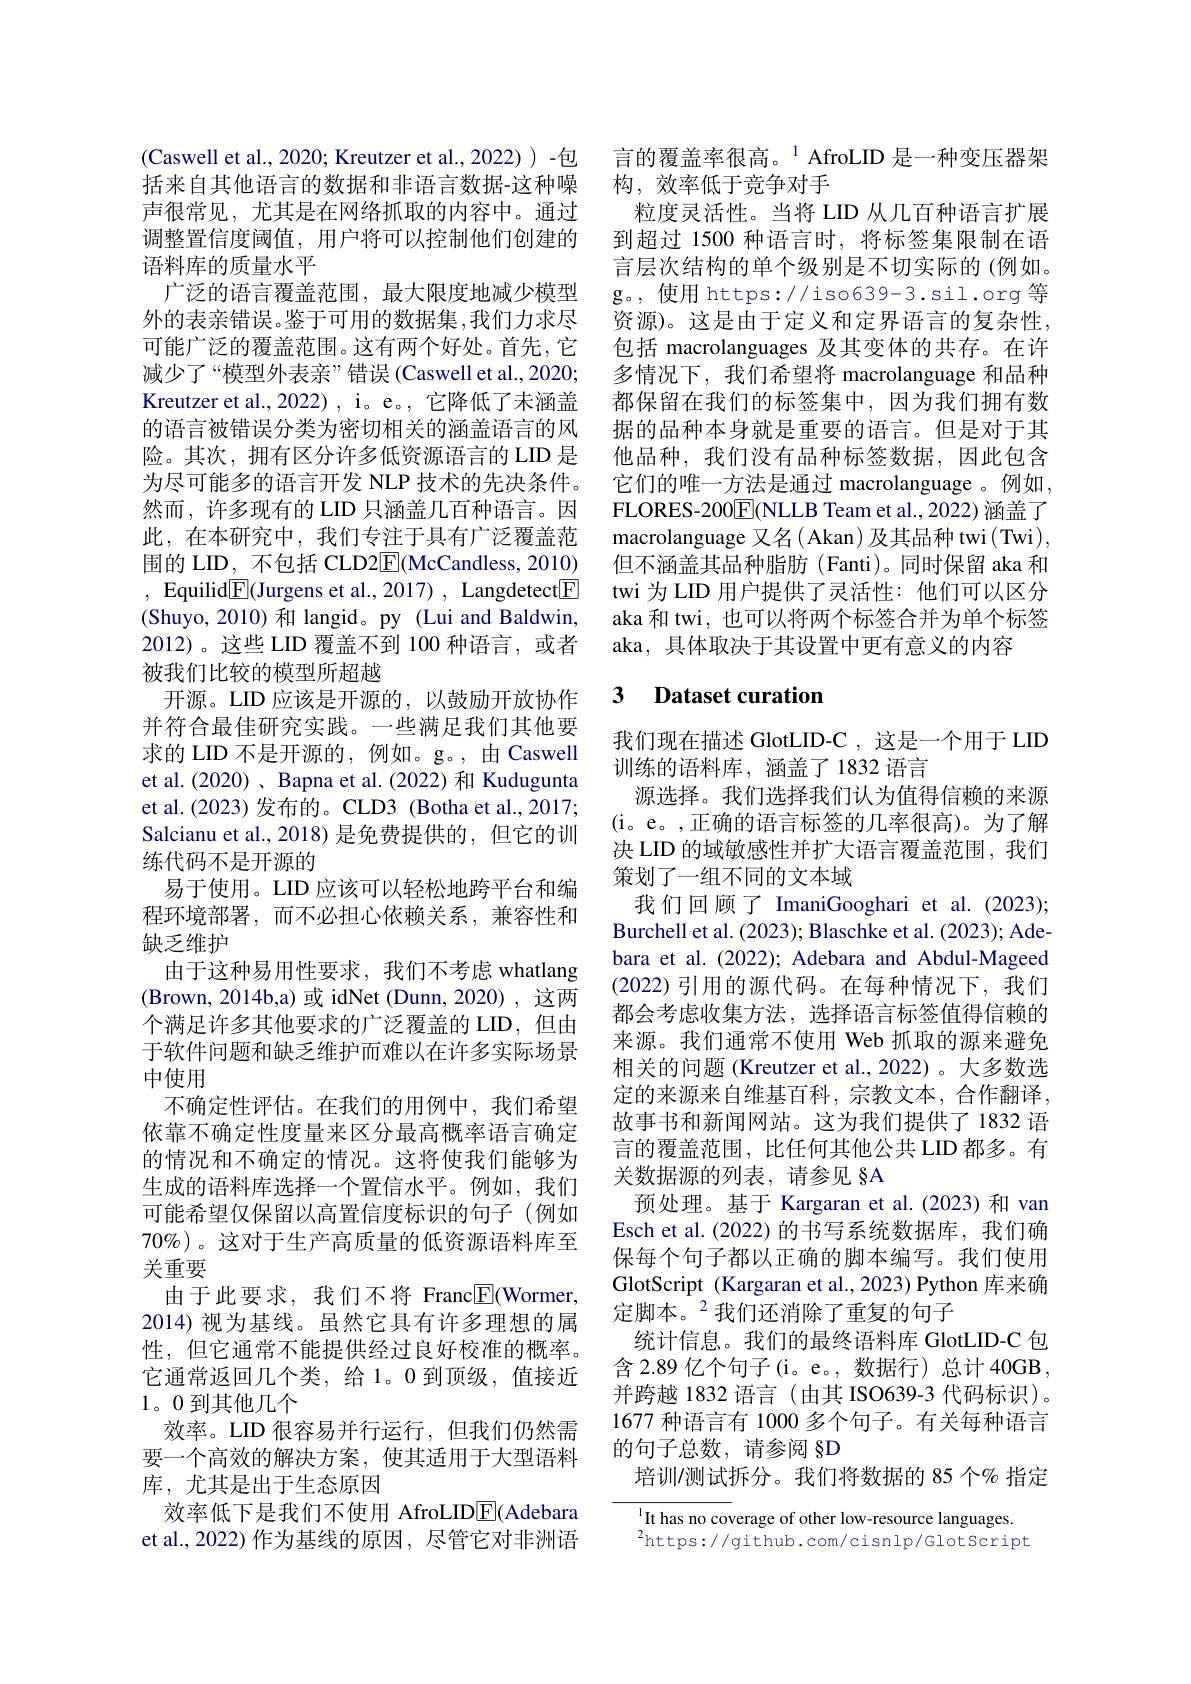
(Caswell et al., 2020; Kreutzer et al., 2022))-包括来自其他语言的数据和非语言数据-这种噪声很常见，尤其是在网络抓取的内容中。通过调整置信度阈值，用户将可以控制他们创建的语料库的质量水平
广泛的语言覆盖范围，最大限度地减少模型外的表亲错误。鉴于可用的数据集，我们力求尽可能广泛的覆盖范围。这有两个好处。首先，它减少了“模型外表亲”错误(Caswell et al.,2020; Kreutzer et al., 2022) , i。e。, 它降低了未涵盖的语言被错误分类为密切相关的涵盖语言的风险。其次，拥有区分许多低资源语言的 LID 是为尽可能多的语言开发 NLP 技术的先决条件。然而，许多现有的 LID 只涵盖几百种语言。因此，在本研究中，我们专注于具有广泛覆盖范围的 LID, 不包括 CLD2E(McCandless, 2010) , Equilid$\boxed{\mathrm{F}}($Jurgens et al., 2017) , Langdetect$\boxed{\mathrm{F}}$ (Shuyo,2010)和 langid。py (Lui and Baldwin, 2012)。这些 LID 覆盖不到 100 种语言，或者被我们比较的模型所超越
开源。LID 应该是开源的，以鼓励开放协作并符合最佳研究实践。一些满足我们其他要求的 LID 不是开源的，例如。g。,由 Caswell et al.(2020)、Bapna et al.(2022) 和 Kudugunta et al.(2023) 发布的。CLD3 (Botha et al., 2017; Salcianu et al., 2018) 是免费提供的，但它的训练代码不是开源的
易于使用。LID 应该可以轻松地跨平台和编程环境部署，而不必担心依赖关系，兼容性和缺乏维护
由于这种易用性要求，我们不考虑 whatlang (Brown,2014b,a)或 idNet (Dunn, 2020) , 这两个满足许多其他要求的广泛覆盖的 LID, 但由于软件问题和缺乏维护而难以在许多实际场景中使用
不确定性评估。在我们的用例中，我们希望依靠不确定性度量来区分最高概率语言确定的情况和不确定的情况。这将使我们能够为生成的语料库选择一个置信水平。例如，我们可能希望仅保留以高置信度标识的句子(例如70%)。这对于生产高质量的低资源语料库至关重要
由于此要求，我们不将 Franc$\underline{\mathrm{E}}($Wormer, 2014) 视为基线。虽然它具有许多理想的属性，但它通常不能提供经过良好校准的概率。它通常返回几个类，给1。0 到顶级，值接近1。0到其他几个
效率。LID 很容易并行运行，但我们仍然需要一个高效的解决方案，使其适用于大型语料库，尤其是出于生态原因
效率低下是我们不使用 AfroLID$\overline{\mathrm{E}}$(Adebara et al., 2022) 作为基线的原因，尽管它对非洲语

言的覆盖率很高。$^{1}$AfroLID 是一种变压器架
构，效率低于竞争对手
粒度灵活性。当将 LID 从几百种语言扩展到超过 1500 种语言时，将标签集限制在语言层次结构的单个级别是不切实际的 (例如。g。,使用 https://iso639-3.sil.org 等资源)。这是由于定义和定界语言的复杂性， 包括 macrolanguages 及其变体的共存。在许多情况下，我们希望将 macrolanguage 和品种都保留在我们的标签集中，因为我们拥有数据的品种本身就是重要的语言。但是对于其他品种，我们没有品种标签数据，因此包含它们的唯一方法是通过 macrolanguage 。例如， FLORES-200$\overline{\mathrm{E}}$(NLLB Team et al.,2022) 涵盖了macrolanguage 又名( Akan) 及其品种 twi(Twi), 但不涵盖其品种脂肪 (Fanti)。同时保留 aka 和twi 为 LID 用户提供了灵活性：他们可以区分aka 和 twi, 也可以将两个标签合并为单个标签aka, 具体取决于其设置中更有意义的内容

### 3 $\textbf{Dataset curation}$

我们现在描述 GlotLID-C,这是一个用于 LID
训练的语料库，涵盖了1832 语言
源选择。我们选择我们认为值得信赖的来源(i。e。,正确的语言标签的几率很高)。为了解决 LID 的域敏感性并扩大语言覆盖范围，我们策划了一组不同的文本域
我们回顾了 ImaniGooghari et al.(2023); Burchell et al. (2023); Blaschke et al. (2023); Adebara et al.(2022); Adebara and Abdul-Mageed (2022) 引用的源代码。在每种情况下，我们都会考虑收集方法，选择语言标签值得信赖的来源。我们通常不使用 Web 抓取的源来避免相关的问题 (Kreutzer et al.,2022)。大多数选定的来源来自维基百科，宗教文本，合作翻译， 故事书和新闻网站。这为我们提供了 1832 语言的覆盖范围，比任何其他公共 LID 都多。有关数据源的列表，请参见 §A
预处理。基于 Kargaran et al.(2023) 和 van Esch et al. (2022) 的书写系统数据库，我们确保每个句子都以正确的脚本编写。我们使用GlotScript (Kargaran et al., 2023) Python 库来确定脚本。$^{2}$我们还消除了重复的句子
统计信息。我们的最终语料库 GlotLID-C 包含 2.89 亿个句子(i。e。,数据行)总计 40GB, 并跨越 1832 语言(由其 ISO639-3 代码标识)。1677 种语言有 1000 多个句子。有关每种语言的句子总数，请参阅§D
培训/测试拆分。我们将数据的 85 个% 指定
It has no coverage of other low-resource languages.

$^2$https://github.com/cisnlp/GlotScript